Scottish Leaving Certificate Examination, 1961
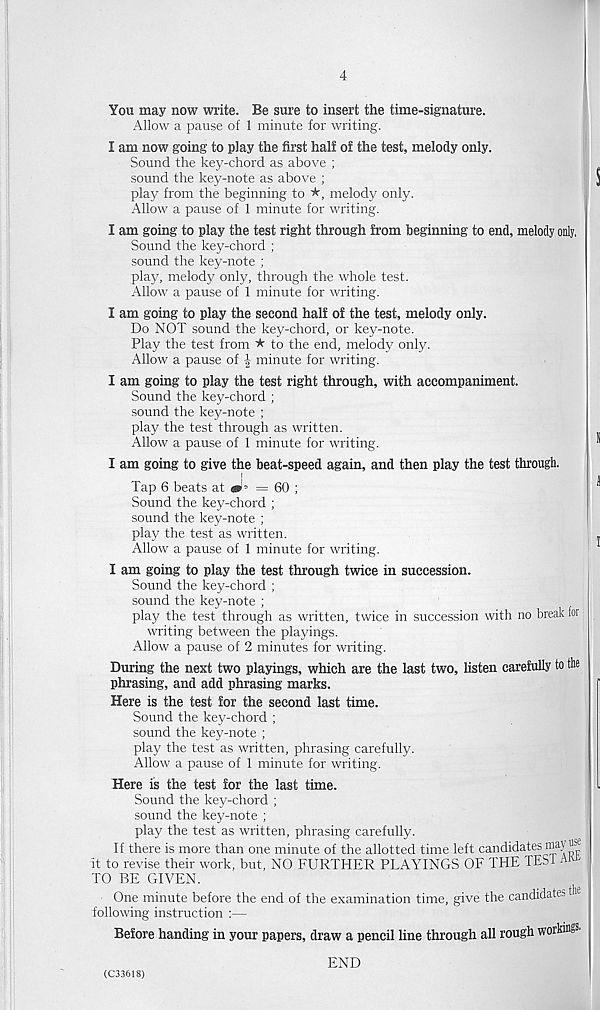
4
You may now write. Be sure to insert the time-signature.
Allow a pause of 1 minute for writing.
I am now going to play the first half of the test, melody only.
Sound the key-chord as above ;
sound the key-note as above ;
plaj? from the beginning to
melody only.
Allow a pause of 1 minute for writing.
I am going to play the test right through from beginning to end, melody only.
Sound the key-chord ;
sound the key-note ;
play, melody only, through the whole test.
Allow a pause of 1 minute for writing.
I am going to play the second half of the test, melody only.
Do NOT sound the key-chord, or key-note.
Play the test from * to the end, melody only.
Allow a pause of | minute for writing.
I am going to play the test right through, with accompaniment.
Sound the key-chord ;
sound the key-note ;
play the test through as written.
Allow a pause of 1 minute for writing.
I am going to give the beat-speed again, and then play the test through.
Tap 6 beats at ' = 60 ;
Sound the key-chord ;
sound the key-note ;
play the test as written.
Allow a pause of 1 minute for writing.
I am going to play the test through twice in succession.
Sound the key-chord ;
sound the key-note ;
play the test through as written, twice in succession with no break for
writing between the playings.
Allow a pause of 2 minutes for writing.
During the next two playings, which are the last two, listen carefully to the
phrasing, and add phrasing marks.
Here is the test for the second last time.
Sound the key-chord ;
sound the key-note ;
play the test as written, phrasing carefully.
Allow a pause of 1 minute for writing.
Here is the test for the last time.
Sound the key-chord ;
sound the key-note ;
play the test as written, phrasing carefully.
If there is more than one minute of the allotted time left candidates may®®
it to revise their work, but, NO FURTHER PLAYINGS OF THE TES1 AKt
TO BE GIVEN.
One minute before the end of the examination time, give the candidates the
following instruction :—
Before handing in your papers, draw a pencil line through all rough workings'
(C33618)
END